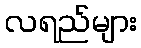
လရည်များ